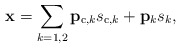
\begin{align*}\mathbf{x}= \sum_{k=1,2} \mathbf{p}_{\mathrm{c},k} s_{\mathrm{c},k} + \mathbf{p}_k s_{k},\end{align*}